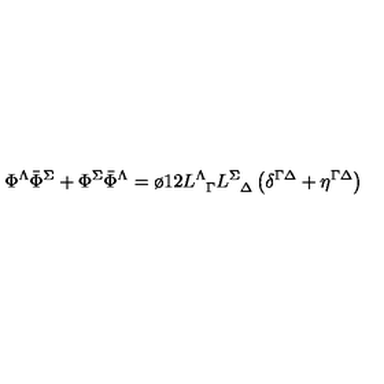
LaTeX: \Phi ^ { \Lambda } { \bar { \Phi } } ^ { \Sigma } + \Phi ^ { \Sigma } { \bar { \Phi } } ^ { \Lambda } = { \o { 1 } { 2 } } L _ { \phantom { \Lambda } \Gamma } ^ { \Lambda } L _ { \phantom { \Sigma } \Delta } ^ { \Sigma } \left( \delta ^ { \Gamma \Delta } + \eta ^ { \Gamma \Delta } \right)